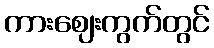
ကားဈေးကွက်တွင်